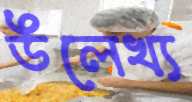
উলেখ্য